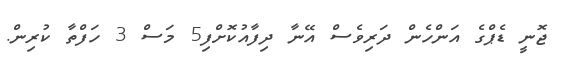
ޖޮނީ ޑެޕްގެ އަންހެން ދަރިވެސް އޭނާ ދިފާއުކޮށްފި5 މަސް 3 ހަފްތާ ކުރިން.